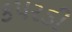
કપરડી